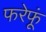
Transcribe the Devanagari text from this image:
फरेफूं